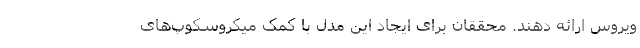
ویروس ارائه دهند. محققان برای ایجاد این مدل با کمک میکروسکوپ‌های